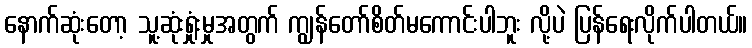
နောက်ဆုံးတော့ သူ့ဆုံးရှုံးမှုအတွက် ကျွန်တော်စိတ်မကောင်းပါဘူး လို့ပဲ ပြန်ရေးလိုက်ပါတယ်။